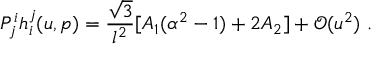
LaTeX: P _ { j } ^ { i } h _ { i } ^ { j } ( u , p ) = \frac { \sqrt { 3 } } { l ^ { 2 } } [ A _ { 1 } ( \alpha ^ { 2 } - 1 ) + 2 A _ { 2 } ] + \mathcal { O } ( u ^ { 2 } ) ~ .